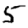
Digit: 5